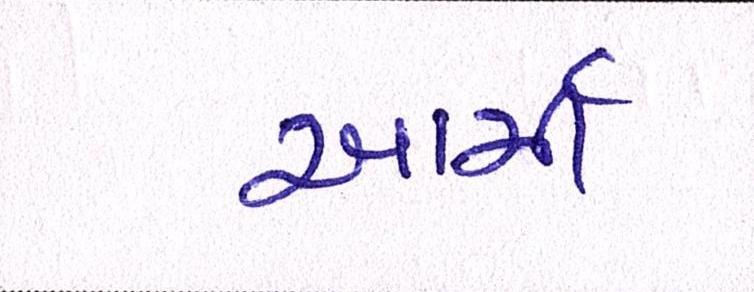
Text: આર્મી